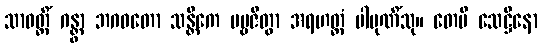
သာဝတ္ထိံ ဂန္တွာ ဘဂဝတော သန္တိကေ ပဗ္ဗဇိတွာ အရဟတ္တံ ပါပုဏိံသု။ တေပိ သေဋ္ဌိနော